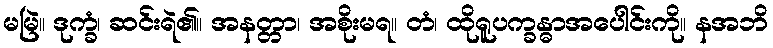
မမြဲ။ ဒုက္ခံ၊ ဆင်းရဲ၏။ အနတ္တာ၊ အစိုးမရ။ တံ၊ ထိုရူပက္ခန္ဓာအပေါင်းကို။ နအဘိ